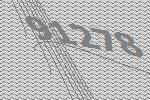
91278